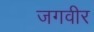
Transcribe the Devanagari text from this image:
जगवीर